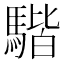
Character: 𩤠